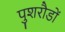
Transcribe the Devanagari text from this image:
पुशरौडों